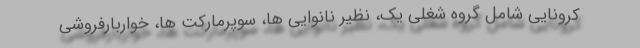
کرونایی شامل گروه شغلی یک، نظیر نانوایی ها، سوپرمارکت ها، خواربارفروشی